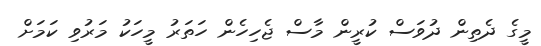
މީގެ ދެތިން ދުވަސް ކުރީން މާސް ޖެހިހެން ހަތަރު މީހަކު މަރުވި ކަމަށް